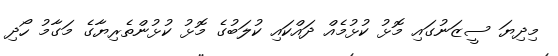
މިދިޔަ ސީޒަނުގައި މޮޅު ކުޅުމެއް ދައްކައި ކުލަބުގެ މޮޅު ކުޅުންތެރިޔާގެ މަގާމު ހޯދި